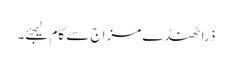
ذرا ٹھنڈے مزاج سے کام لیجئے۔